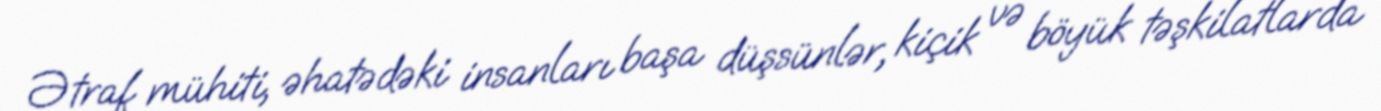
Ətraf mühiti, əhatədəki insanları başa düşsünlər, kiçik və böyük təşkilatlarda